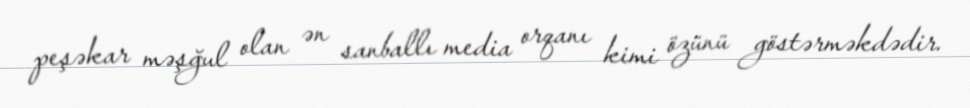
peşəkar məşğul olan ən sanballı media orqanı kimi özünü göstərməkdədir.